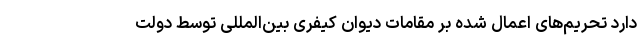
دارد تحریم‌های اعمال شده بر مقامات دیوان کیفری بین‌المللی توسط دولت